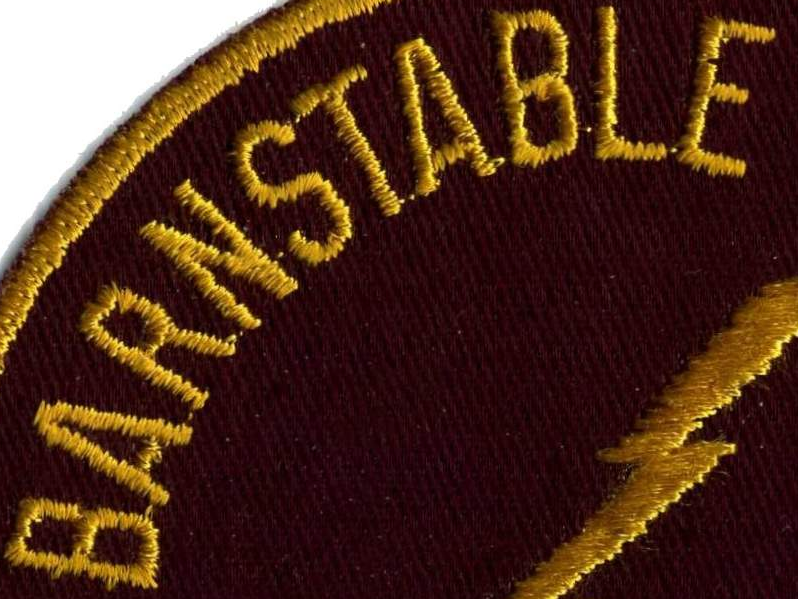
BARNSTABLE